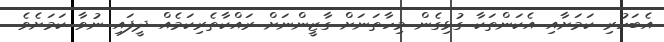
އެބަހުރި ކަމަށާއި އެކަންތަކާ ގުޅިގެން މިހާތަނަށް ގާޒީންނަށް ރައްކާތެރިކަމެއް ދީފައި ނުވާ ކަމަށެވެ.